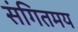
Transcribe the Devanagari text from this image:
संगितमय